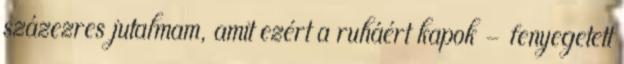
százezres jutalmam, amit ezért a ruháért kapok - fenyegetett